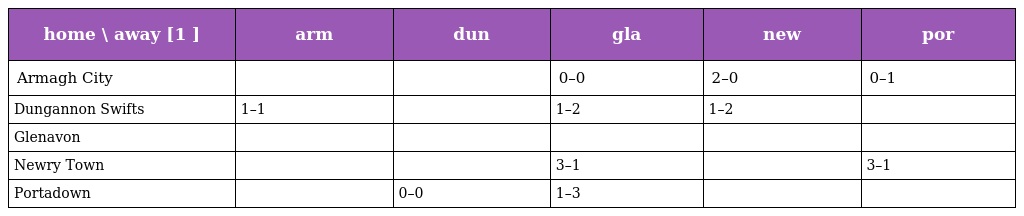
| home \ away [1 ] | arm | dun | gla | new | por |
 | --- | --- | --- | --- | --- | --- |
 | Armagh City |  |  | 0–0 | 2–0 | 0–1 |
 | Dungannon Swifts | 1–1 |  | 1–2 | 1–2 |  |
 | Glenavon |  |  |  |  |  |
 | Newry Town |  |  | 3–1 |  | 3–1 |
 | Portadown |  | 0–0 | 1–3 |  |  |